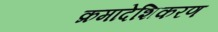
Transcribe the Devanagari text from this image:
क्रमादेशिकरण